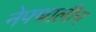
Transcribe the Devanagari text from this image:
नेफ्थालीन